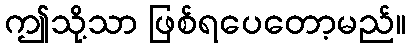
ဤသို့သာ ဖြစ်ရပေတော့မည်။